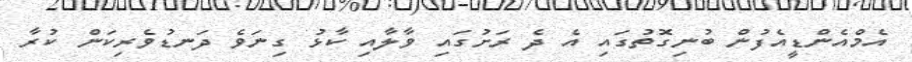
އެމްއެންޑީއެފުން ބުނިގޮތުގައި އެ ދެ ރަށުގައި ވާލާއި ކާޅު ގިނަވެ ދަނޑުވެރިކަން ކުރާ